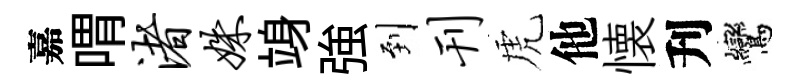
嘉喟渚姝竧強到刊虎他懐刋鸞